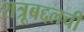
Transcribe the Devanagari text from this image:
शत्रूबद्दलची